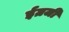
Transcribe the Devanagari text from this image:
ईग्रजी